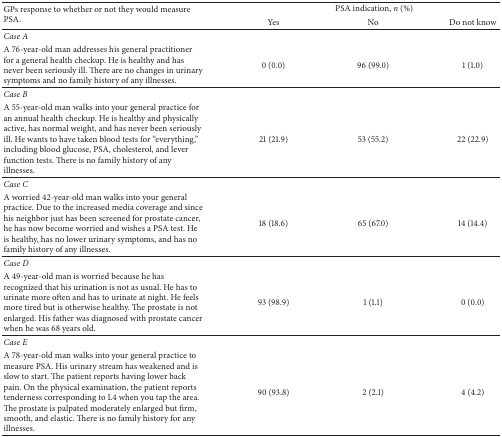
<table><thead><tr><td rowspan="2"><b>GPs response to whether or not they would measure PSA.</b></td><td colspan="3"><b>PSA indication, <i>n</i> (%)</b></td></tr><tr><td><b>Yes</b></td><td><b>No</b></td><td><b>Do not know </b></td></tr></thead><tbody><tr><td><i>Case A </i></td><td> </td><td> </td><td> </td></tr><tr><td>A 76-year-old man addresses his general practitioner for a general health checkup. He is healthy and has never been seriously ill. There are no changes in urinary symptoms and no family history of any illnesses.</td><td>0 (0.0)</td><td>96 (99.0)</td><td>1 (1.0)</td></tr><tr><td><i>Case B </i></td><td> </td><td> </td><td> </td></tr><tr><td>A 55-year-old man walks into your general practice for an annual health checkup. He is healthy and physically active, has normal weight, and has never been seriously ill. He wants to have taken blood tests for “everything,” including blood glucose, PSA, cholesterol, and lever function tests. There is no family history of any illnesses. </td><td>21 (21.9)</td><td>53 (55.2)</td><td>22 (22.9)</td></tr><tr><td><i>Case C </i></td><td> </td><td> </td><td> </td></tr><tr><td>A worried 42-year-old man walks into your general practice. Due to the increased media coverage and since his neighbor just has been screened for prostate cancer, he has now become worried and wishes a PSA test. He is healthy, has no lower urinary symptoms, and has no family history of any illnesses.</td><td>18 (18.6)</td><td>65 (67.0)</td><td>14 (14.4)</td></tr><tr><td><i>Case D </i></td><td> </td><td> </td><td> </td></tr><tr><td>A 49-year-old man is worried because he has recognized that his urination is not as usual. He has to urinate more often and has to urinate at night. He feels more tired but is otherwise healthy. The prostate is not enlarged. His father was diagnosed with prostate cancer when he was 68 years old.</td><td>93 (98.9)</td><td>1 (1.1)</td><td>0 (0.0)</td></tr><tr><td><i>Case E </i></td><td> </td><td> </td><td> </td></tr><tr><td>A 78-year-old man walks into your general practice to measure PSA. His urinary stream has weakened and is slow to start. The patient reports having lower back pain. On the physical examination, the patient reports tenderness corresponding to L4 when you tap the area. The prostate is palpated moderately enlarged but firm, smooth, and elastic. There is no family history for any illnesses.</td><td>90 (93.8)</td><td>2 (2.1)</td><td>4 (4.2)</td></tr></tbody></table>